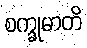
စက္ခုမာတိ